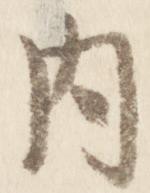
内